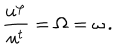
LaTeX: \frac { u ^ { \varphi } } { u ^ { t } } = \Omega = \omega \, .